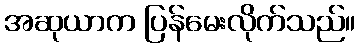
အဆုယာက ပြန်မေးလိုက်သည်။